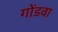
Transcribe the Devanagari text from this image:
गोंडवा